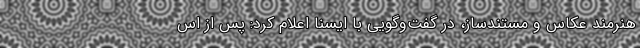
هنرمند عکاس و مستندساز، در گفت‌وگویی با ایسنا اعلام کرد: پس از اس